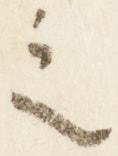
之